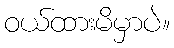
ဝယ်ထားမိမှာပဲ။